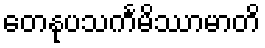
တေနုပသင်္ကမိဿာမာတိ